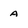
Character: a